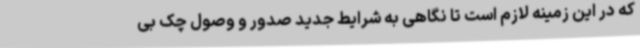
که در این زمینه لازم است تا نگاهی به شرایط جدید صدور و وصول چک بی